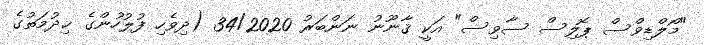
"މޯލްޑިވްސް ޕޮލިސް ސާވިސް" އަކީ ޤާނޫނު ނަންބަރު 34/2020 (ދިވެހި ފުލުހުންގެ ޚިދުމަތުގެ